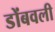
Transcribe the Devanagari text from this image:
डोंबवली